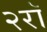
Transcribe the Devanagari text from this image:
२रॉ